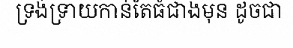
ទ្រង់ទ្រាយកាន់តែធំជាងមុន ដូចជា